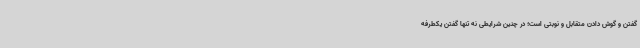
گفتن و گوش دادن متقابل و نوبتی است؛ در چنین شرایطی نه تنها گفتن یکطرفه